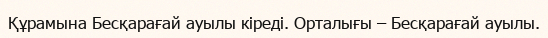
Құрамына Бесқарағай ауылы кіреді. Орталығы – Бесқарағай ауылы.